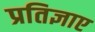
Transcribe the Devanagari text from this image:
प्रतिज्ञाए